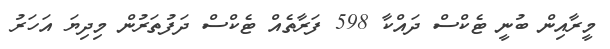
މީރާއިން ބުނީ ޓެކްސް ދައްކާ 598 ފަރާތެއް ޓެކްސް ދަފުތަރުން މިދިޔަ އަހަރު